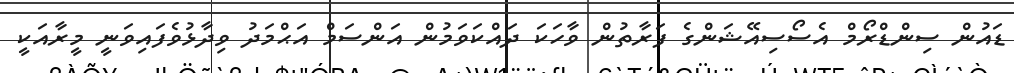
ޑައުން ސިންޑްރޯމް އެސޯސިއޭޝަންގެ ފަރާތުން ވާހަކަ ދައްކަވަމުން އަންސަމް އަޙްމަދު ވިދާޅުވެފައިވަނީ މީރާއަކީ